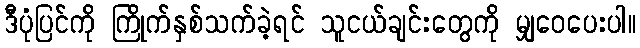
ဒီပုံပြင်ကို ကြိုက်နှစ်သက်ခဲ့ရင် သူငယ်ချင်းတွေကို မျှဝေပေးပါ။